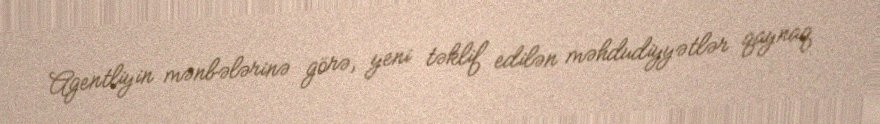
Agentliyin mənbələrinə görə, yeni təklif edilən məhdudiyyətlər qaynaq